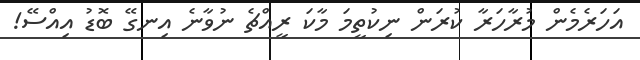
އަހަރެމެން މުރާހަރާ ކުރަން ނިކުތީމަ މާކަ ރީއްޗެ ނުވާނެ އިނގޭ ބޮޑު އިއްސޭ!